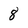
Character: 8